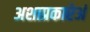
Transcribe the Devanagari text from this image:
अशाप्रकारेअं